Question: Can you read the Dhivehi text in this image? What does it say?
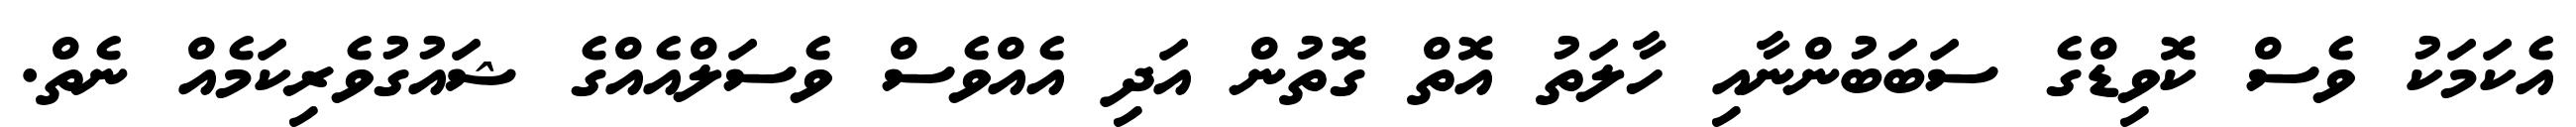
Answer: އެކަމަކު ވެސް ކޮވިޑްގެ ސަބަބުންނާއި ހާލަތު އޮތް ގޮތުން އަދި އެއްވެސް ވެސަލްއެއްގެ ޝައުގުވެރިކަމެއް ނެތް.